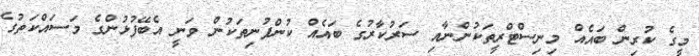
މީގެ ކުރިން ބައެއް މިނިސްޓްރީތަކުންނާއި ސަރުކާރުގެ ބައެއް ކުންފުނިތަކުން ވަނީ އެބޭފުޅުންގެ މަސައްކަތުގެ